Newspaper: The Newtown bee.
Place of publication: Newtown, Conn.
Publisher: A.A. Bensel
Date: 1890-10-31 00:00:00
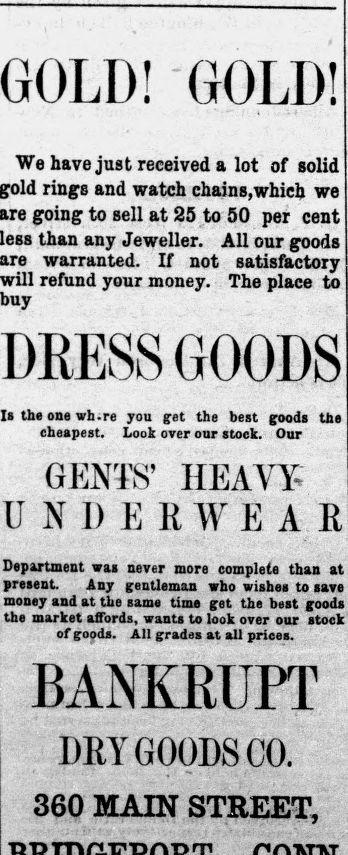
Advertisement text (OCR):
GOLD! GOLD! We have just received a lot of solid rings and watch chains, which we going to Bell at 25 to 50 per cent than any Jeweller. All our goods warranted. If not satisfactory refund your money. The place to buy DRESS GOODS Is the one wh. re you get the best poods the eneapest. Loot over our stock. Our GENTS' HEAVY U N I) E 11 WE A E Department was never more complete than at present Any gentleman who wishes to save money and at the same time get the best goods the market affords, wants to look over our stock of poods. All grades at all prices. BANKRUPT DRY GOODS CO. 360 MAIN STREET,
Label: text-only